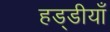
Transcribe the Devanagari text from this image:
हड्डीयाँ